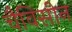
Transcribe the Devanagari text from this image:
चैविसीन